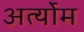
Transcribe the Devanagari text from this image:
अर्त्योम